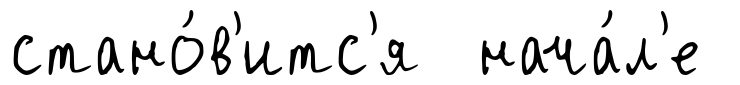
стано́в'итс'я нача́л'е